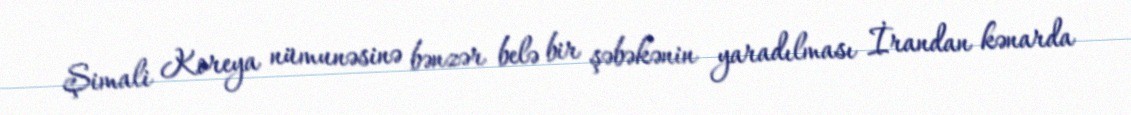
Şimali Koreya nümunəsinə bənzər belə bir şəbəkənin yaradılması İrandan kənarda